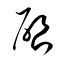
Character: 啓